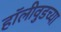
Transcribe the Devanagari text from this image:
हॉलीवुडच्या